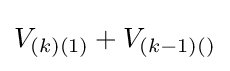
V_{(k)(1)}+V_{(k-1)()}